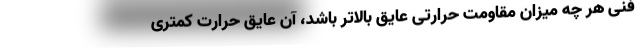
فنی هر چه میزان مقاومت حرارتی عایق بالاتر باشد، آن عایق حرارت کمتری